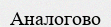
Аналогово